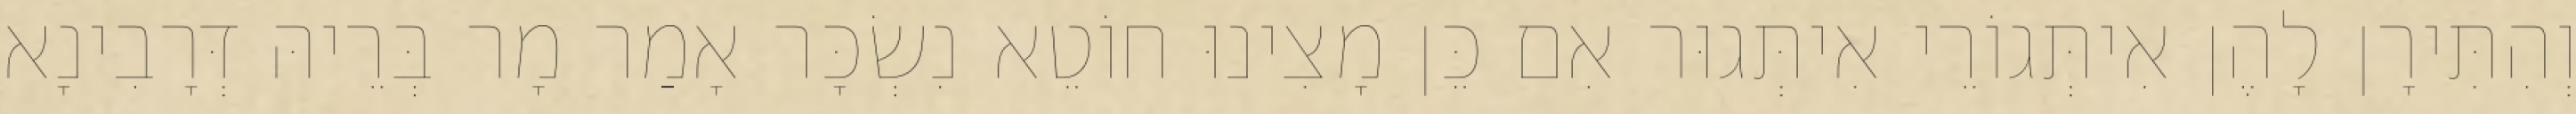
וְהִתִּירָן לָהֶן אִיתְּגוֹרֵי אִיתְּגוּר אִם כֵּן מָצִינוּ חוֹטֵא נִשְׂכָּר אָמַר מָר בְּרֵיהּ דְּרָבִינָא